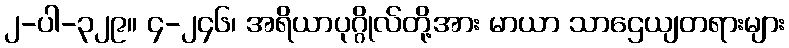
၂-ပါ-၃၂၉။ ၄-၂၄၆၊ အရိယာပုဂ္ဂိုလ်တို့အား မာယာ သာဌေယျတရားများ